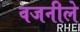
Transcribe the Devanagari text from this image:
वजनीले